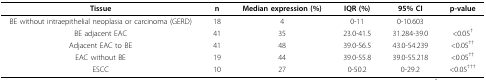
<table><thead><tr><td><b>Tissue</b></td><td><b>n</b></td><td><b>Median expression (%)</b></td><td><b>IQR (%)</b></td><td><b>95% CI</b></td><td><b>p-value</b></td></tr></thead><tbody><tr><td>BE without intraepithelial neoplasia or carcinoma (GERD)</td><td>18</td><td>4</td><td>0-11</td><td>0-10.603</td><td></td></tr><tr><td>BE adjacent EAC</td><td>41</td><td>35</td><td>23.0-41.5</td><td>31.284-39.0</td><td>&lt;0.05<sup>†</sup></td></tr><tr><td>Adjacent EAC to BE</td><td>41</td><td>48</td><td>39.0-56.5</td><td>43.0-54.239</td><td>&lt;0.05<sup>††</sup></td></tr><tr><td>EAC without BE</td><td>19</td><td>44</td><td>39.0-55.8</td><td>39.0-55.218</td><td>&lt;0.05<sup>††</sup></td></tr><tr><td>ESCC</td><td>10</td><td>27</td><td>0-50.2</td><td>0-29.2</td><td>&lt;0.05<sup>†††</sup></td></tr></tbody></table>